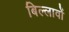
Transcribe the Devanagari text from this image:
बिल्लावों